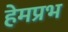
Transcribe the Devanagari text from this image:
हेमप्रभ